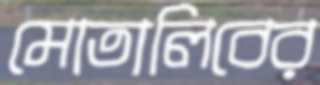
মোতালিবের